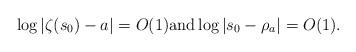
LaTeX: \begin{align*}\log |\zeta(s_0)-a|=O(1) \mbox{and} \log |s_0-\rho_a|=O(1).\end{align*}